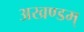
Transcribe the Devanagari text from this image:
अखण्डम्